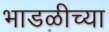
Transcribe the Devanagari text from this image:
भाडळीच्या